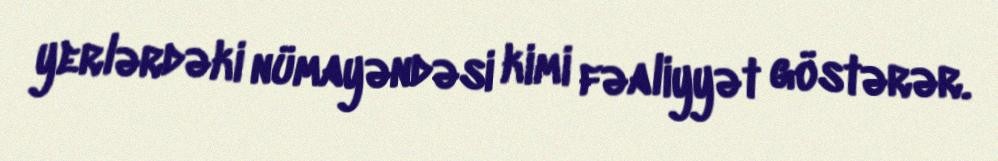
yerlərdəki nümayəndəsi kimi fəaliyyət göstərər.